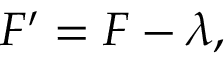
F ^ { \prime } = F - \lambda ,